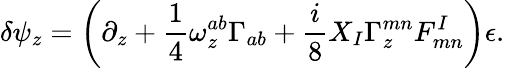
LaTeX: \delta\psi_{z}=\left(\partial_{z}+{\frac{1}{4}}\omega_{z}^{ab}\Gamma_{ab}+{\frac{i}{8}}X_{I}\Gamma_{z}^{mn}F_{mn}^{I}\right)\epsilon.